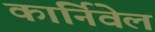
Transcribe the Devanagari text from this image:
कार्निवेल